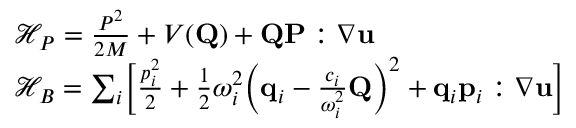
\begin{array} { r l } & { \mathcal { H } _ { P } = \frac { P ^ { 2 } } { 2 M } + V ( \mathbf { { Q } } ) + \mathbf { { Q } } \mathbf { { P } } : \nabla \mathbf { { u } } } \\ & { \mathcal { H } _ { B } = \sum _ { i } \Bigl [ \frac { p _ { i } ^ { 2 } } { 2 } + \frac { 1 } { 2 } \omega _ { i } ^ { 2 } \Bigl ( \mathbf { { q } } _ { i } - \frac { c _ { i } } { \omega _ { i } ^ { 2 } } \mathbf { { Q } } \Bigr ) ^ { 2 } + \mathbf { { q } } _ { i } \mathbf { { p } } _ { i } : \nabla \mathbf { { u } } \Bigr ] } \end{array}